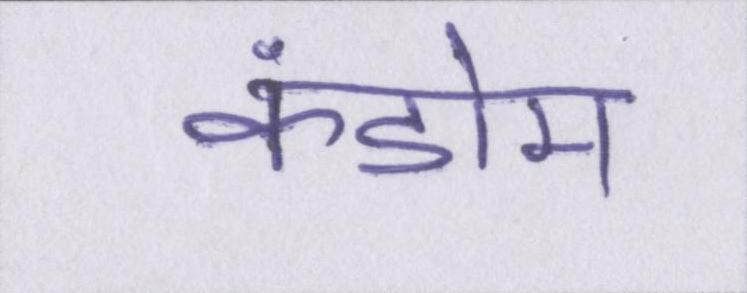
कंडोम